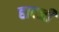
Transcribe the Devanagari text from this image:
हादजी